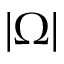
| \upOmega |